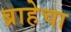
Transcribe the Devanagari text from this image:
ब्राहेचा